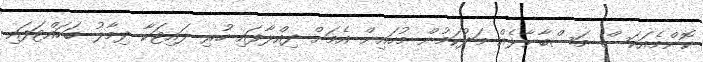
ކޮންމެއަކަސް މަސްބާނާލެއް މަދުކަމުން މުހައިން އެމަށް ދިއްލާފައި ހުރި ލައިޓަކާ ދިމާލު ބަހައްޓަފައި